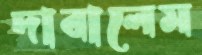
দাবালেম